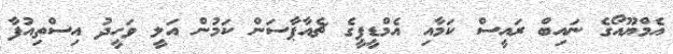
އެމްޔޫއޯގެ ނައިބް ރައީސް ކަމާއި އެމްޑީޕީގެ ޗެއާޕާސަން ކަމުން އަލީ ވަހީދު އިސްތިއުފާ